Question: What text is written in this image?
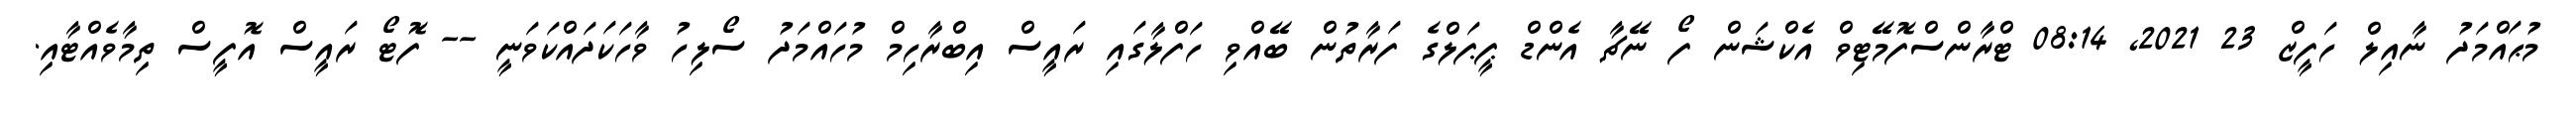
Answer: މުޙައްމަދު ނާއިލް ހަފީޒް 23 2021, 08:14 ޓްރާންސްފޮމޭޓިވް އެކްޝަން ފޯ ނޭޗާ އެންޑް ޕީޕަލްގެ ފަރާތުން ބޭއްވި ހަފްލާގައި ރައީސް އިބްރާހިމް މުހައްމަދު ސޯލިހު ވާހަކަދައްކަވަނީ -- ފޮޓޯ ރައީސް އޮފީސް ތިމާވެއްޓާއި.